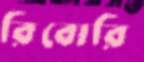
রিবোরি